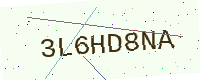
Text: 3L6HD8NA